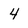
Character: 4